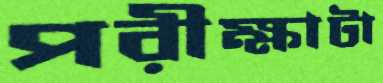
পরীক্ষাটা